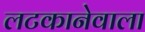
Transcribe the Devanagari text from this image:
लटकानेवाला